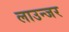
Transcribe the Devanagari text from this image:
लाउन्जर